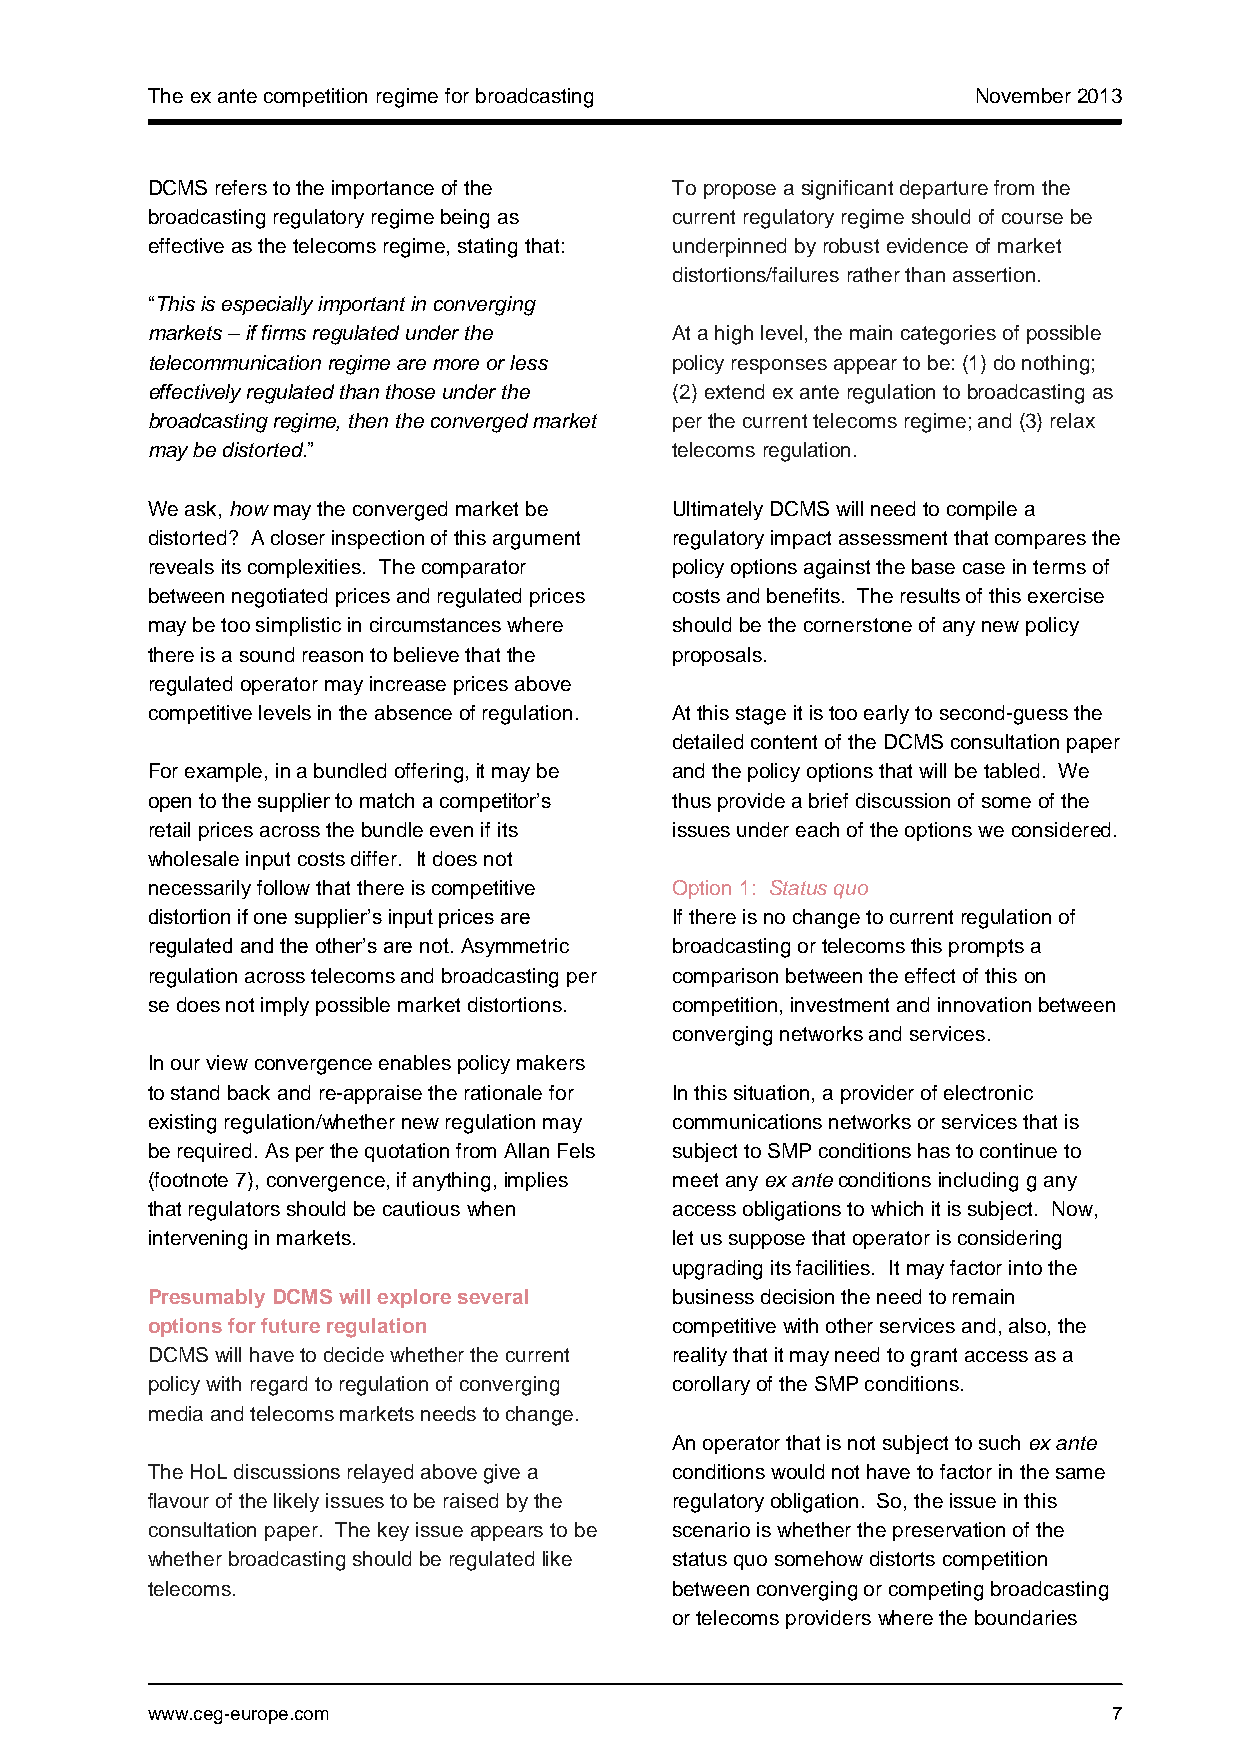
The ex ante competition regime for broadcasting       November 2013
 DCMS refers to the importance of the To propose a significant departure from the
 broadcasting regulatory regime being as current regulatory regime should of course be
 effective as the telecoms regime, stating that: underpinned by robust evidence of market
 distortions/failures rather than assertion.
 “This is especially important in converging
 markets – if firms regulated under the At a high level, the main categories of possible
 telecommunication regime are more or less policy responses appear to be: (1) do nothing;
 effectively regulated than those under the (2) extend ex ante regulation to broadcasting as
 broadcasting regime, then the converged market per the current telecoms regime; and (3) relax
 may be distorted.”                 telecoms regulation.
 We ask, how may the converged market be Ultimately DCMS will need to compile a
 distorted? A closer inspection of this argument regulatory impact assessment that compares the
 reveals its complexities. The comparator policy options against the base case in terms of
 between negotiated prices and regulated prices costs and benefits. The results of this exercise
 may be too simplistic in circumstances where should be the cornerstone of any new policy
 there is a sound reason to believe that the proposals.
 regulated operator may increase prices above
 competitive levels in the absence of regulation. At this stage it is too early to second-guess the
 detailed content of the DCMS consultation paper
 For example, in a bundled offering, it may be and the policy options that will be tabled. We
 open to the supplier to match a competitor’s thus provide a brief discussion of some of the
 retail prices across the bundle even if its issues under each of the options we considered.
 wholesale input costs differ. It does not
 necessarily follow that there is competitive Option 1: Status quo
 distortion if one supplier’s input prices are If there is no change to current regulation of
 regulated and the other’s are not. Asymmetric broadcasting or telecoms this prompts a
 regulation across telecoms and broadcasting per comparison between the effect of this on
 se does not imply possible market distortions. competition, investment and innovation between
 converging networks and services.
 In our view convergence enables policy makers
 to stand back and re-appraise the rationale for In this situation, a provider of electronic
 existing regulation/whether new regulation may communications networks or services that is
 be required. As per the quotation from Allan Fels subject to SMP conditions has to continue to
 (footnote 7), convergence, if anything, implies meet any ex ante conditions including g any
 that regulators should be cautious when access obligations to which it is subject. Now,
 intervening in markets.            let us suppose that operator is considering
 upgrading its facilities. It may factor into the
 Presumably DCMS will explore several business decision the need to remain
 options for future regulation      c o m p e t it ive with other services and, also, the
 DCMS will have to decide whether the current reality that it may need to grant access as a
 policy with regard to regulation of converging corollary of the SMP conditions.
 media and telecoms markets needs to change.
 An operator that is not subject to such ex ante
 The HoL discussions relayed above give a conditions would not have to factor in the same
 flavour of the likely issues to be raised by the regulatory obligation. So, the issue in this
 consultation paper. The key issue appears to be scenario is whether the preservation of the
 whether broadcasting should be regulated like status quo somehow distorts competition
 telecoms.                          between converging or competing broadcasting
 or telecoms providers where the boundaries
 www.ceg-europe.com                                              7